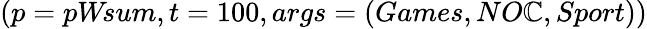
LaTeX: (p=pW\! sum,t=100,args=(Games,NO\mathbb{C},Sport))